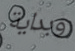
وبداية